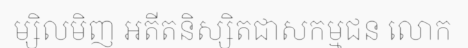
ម្សិលមិញ អតីតនិស្សិតជាសកម្មជន លោក